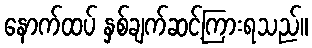
နောက်ထပ် နှစ်ချက်ဆင့်ကြားရသည်။